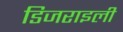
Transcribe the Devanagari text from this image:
डिजराइली